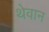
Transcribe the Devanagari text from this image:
थेवान